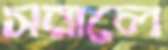
সরালে